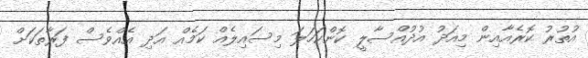
އުތުރު ކޮރެއާއިން މިއަދު އުދުއްސާލީ ކޮންކަހަލަ މިސައިލެއް ކަމެއް އަދި އެއްވެސް ފަރާތަކަށް